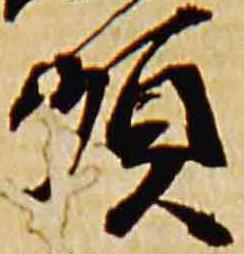
順